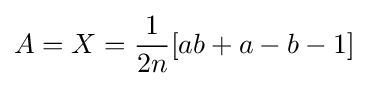
A=X={1 \over 2n}[ab+a-b-1]